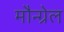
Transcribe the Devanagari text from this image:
मौन्ग्रेल